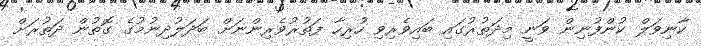
ކާނިވަލް ކުންފުނިން ވަނީ މިދަތުރުގައި ބައިވެރިވި ހުރިހާ ފަތުރުވެރިންނަށް ބަދަލުދިނުމުގެ ގޮތުން ދަތުރަށް